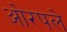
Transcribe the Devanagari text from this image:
ओरपले